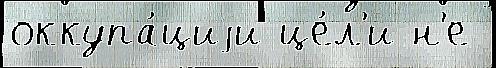
оккупа́циjи це́л'и н'е